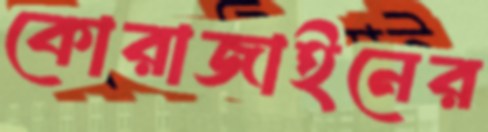
কোরাজাইনের